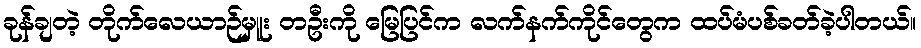
ခုန်ချတဲ့ တိုက်လေယာဉ်မှူး တဦးကို မြေပြင်က လက်နက်ကိုင်တွေက ထပ်မံပစ်ခတ်ခဲ့ပါတယ်။